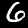
Digit: 6